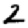
Digit: 2